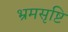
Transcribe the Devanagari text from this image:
भ्रमसृष्टि